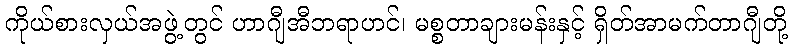
ကိုယ်စားလှယ်အဖွဲ့တွင် ဟာဂျီအီဘရာဟင်၊ မစ္စတာချားမန်းနှင့် ရှိတ်အာမက်တာဂျီတို့